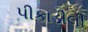
પીકાડીલી